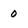
Character: o